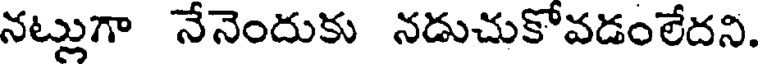
నట్లుగా నేనెందుకు నడుచుకోవడంలేదని.